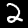
Label: 2